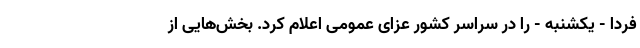
فردا - یکشنبه - را در سراسر کشور عزای عمومی اعلام کرد. بخش‌هایی از